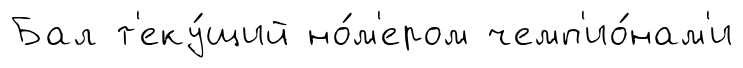
Бал т'еку́щий но́м'ером чемп'ио́нам'и